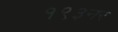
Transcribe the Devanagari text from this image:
१९३नर